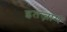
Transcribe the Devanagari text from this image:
इतज़ाम